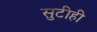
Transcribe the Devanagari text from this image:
सुटीही